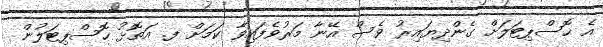
އެ ހޮސްޕިޓަލަށް ގެންދިޔައިރު ވެސް އޭނާ މަރުވެފައިވާ ކަމަށް ފ. އަތޮޅު ހޮސްޕިޓަލުން